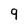
Character: 9